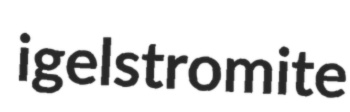
igelstromite